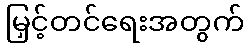
မြှင့်တင်ရေးအတွက်